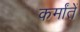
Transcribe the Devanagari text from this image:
कर्मांतें